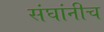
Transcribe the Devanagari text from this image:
संघांनीच